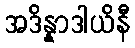
အဒိန္နာဒါယိနီ